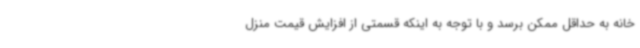
خانه به حداقل ممکن برسد و با توجه به اینکه قسمتی از افزایش قیمت منزل